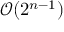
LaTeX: { \mathcal { O } } ( 2 ^ { n - 1 } )